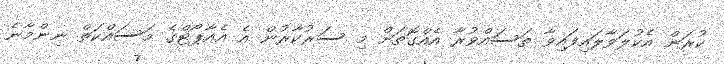
ކުރަން އެކުލަވާލައިފައިވާ ތަސައްވުރާ އެއްގޮތަށް މި ސަރުކާރުން އެ އެއާޕޯޓްގެ މަސައްކަތް ނިންމާނެ